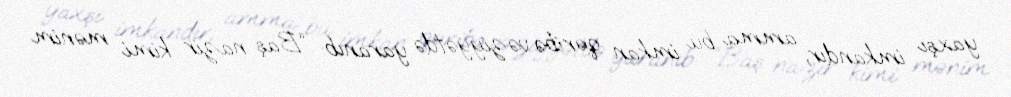
yaxşı imkandır, amma bu imkan qəribə vəziyyətdə yaranıb: “Baş nazir kimi mənim